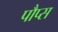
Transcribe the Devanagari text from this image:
पौप्स